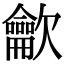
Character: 龡